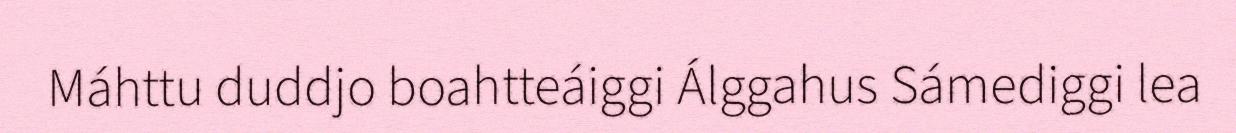
Máhttu duddjo boahtteáiggi Álggahus Sámediggi lea